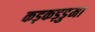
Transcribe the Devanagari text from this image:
कड़कड़डुमा